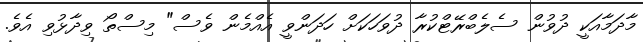
މާދަމާއަކީ ދުވުން ސެލެބްރޭޓްކުރާ ދުވަހަކަށް ހަދަންވީ އެއްމެން ވެސް" މިސްތޯ ވިދާޅުވި އެވެ.